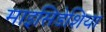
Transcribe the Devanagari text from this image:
माइसिडेशिया